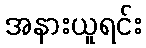
အနားယူရင်း